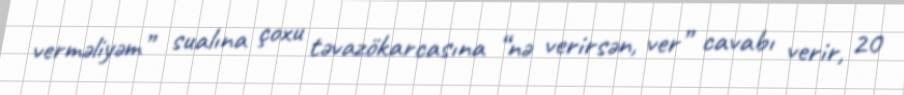
verməliyəm” sualına çoxu təvazökarcasına “nə verirsən, ver” cavabı verir, 20